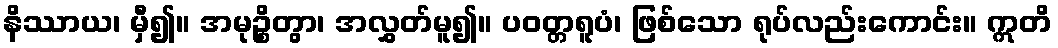
နိဿာယ၊ မှီ၍။ အမုဉ္စိတွာ၊ အလွှတ်မူ၍။ ပဝတ္တရူပံ၊ ဖြစ်သော ရုပ်လည်းကောင်း။ ဣတိ